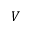
V